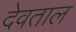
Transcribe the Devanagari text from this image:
देवताल